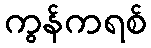
ကွန်ကရစ်